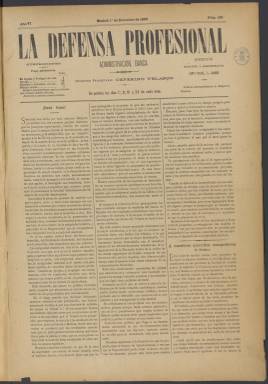
Título: La Defensa profesional
Colección: Periódicos
Ámbito geográfico: Madrid
Lugar de publicación: Madrid
Fechas: 01/12/1896-09/10/1910